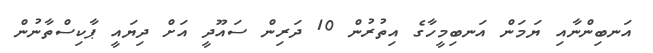
އަނބިންނާއި ޔަމަން އަނބިމީހާގެ އިތުރުން 10 ދަރިން ސައޫދީ އަށް ދިޔައީ ޕާކިސްތާނުން